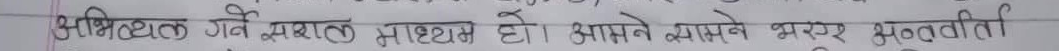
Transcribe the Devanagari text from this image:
अभिव्यक्त गर्ने प्रशस्त माध्यम हो। आफ्नै क्यामेरावरेर भुलूवडी